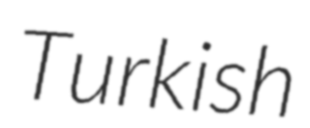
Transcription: Turkish